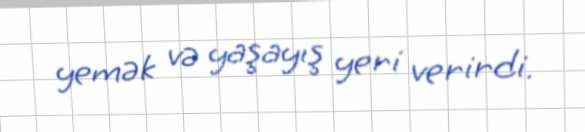
yemək və yaşayış yeri verirdi.